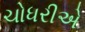
ચોધરીએ